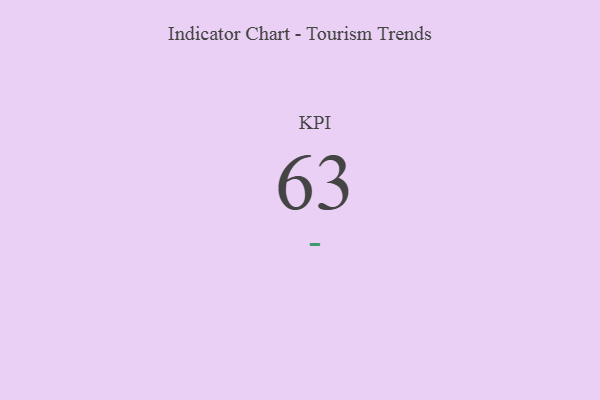
{"axis": {"x": "KPI", "y": "Value"}, "legend": [""], "data": [{"x": "KPI", "y": 63, "type": ""}]}